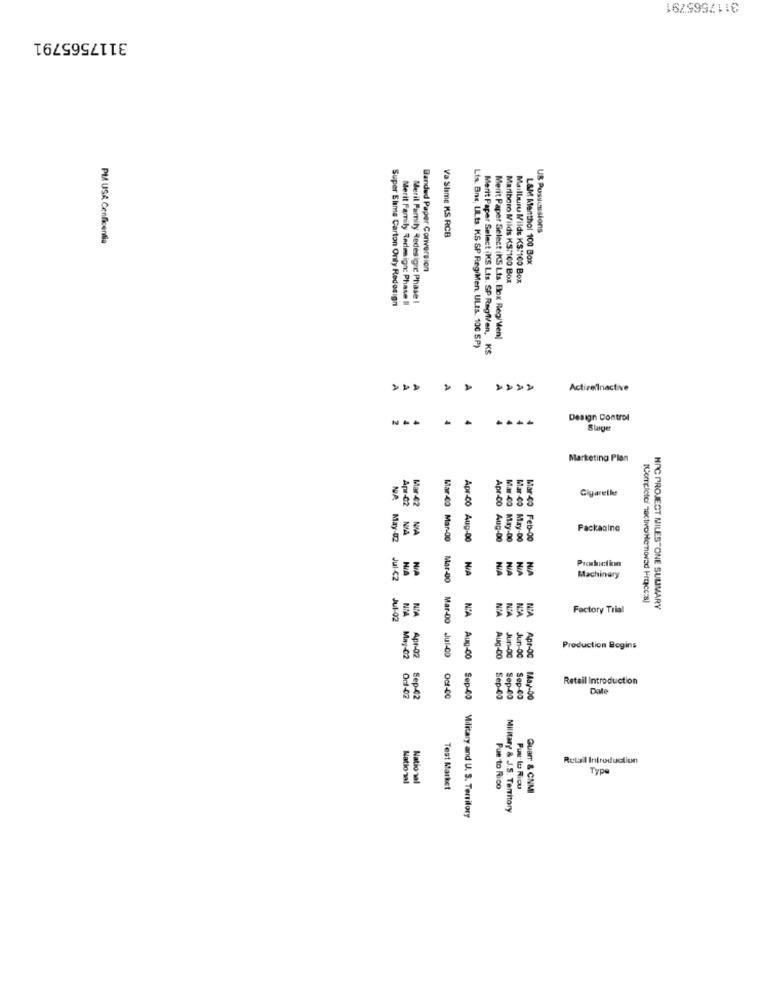
3117565791
3117565791
US Pusucusions
PM USA Cenficentia
Va Stime KS RCB
L&M Menthol 100 Box
Banded Paper Conversion
Marlboro Milds KS: 100 Box
Mailburu Milde KS:100 Box
Super Slime Carton Only Redesign
Meril Family Redesignc Phase I
Merit Family Redesign: Phase II
Merit Paper Select (KS Lts. Box Reg/Men]
Lis Bnx, UL.ts. KS SP RegiMen ULts. 100 SP)
Merit Paper Select /KS Lts. SP Reglen, KS
2
ActiveInactive
Design Control
Slaget
Marketing Plan
Glyareller
Mar-40
Apr-02
Mar -42
Apr-00
Mar-40
NIA
Packaging
NA. May-02
Aug-00
May-00
May-00
Mar-40 Feb-00
Production
NA
MIA
Jul 42
Machinery
N'A
Factory Trial
NAC PROJECT MILESTONE SULIMARY
Jul-02
NIA
Production Begins
Aug-00
Jun-00
Jun-OC
Apr-OC
Retail Introduction
Date
May-02 Or1-02
Apr-02 Sep-42
Mar-CO Mar-00 Mar-00 Mar-00 Jul-00 Oct-00
Sep-00
Sep-00
May-00
Retail Introduction
Type
National
National
Test Market
Pue to Rico
Puu to Ricu
Guarr & CNMI
Military & J.S. Territory
Apr-00 Aug-00 N/A N.A Aug-00 Sep-00 Military and U. S. Territory